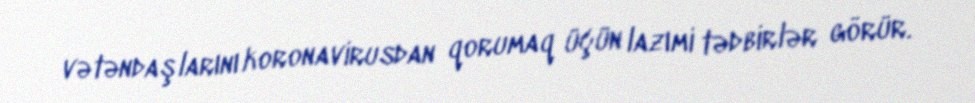
vətəndaşlarını koronavirusdan qorumaq üçün lazımi tədbirlər görür.